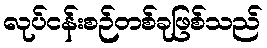
လုပ်ငန်းစဉ်တစ်ခုဖြစ်သည်